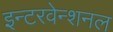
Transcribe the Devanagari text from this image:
इन्टरवेन्शनल